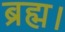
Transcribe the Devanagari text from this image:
ब्रह्म।